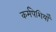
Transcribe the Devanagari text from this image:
कर्मपेशियाँ